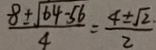
\frac { 8 \pm \sqrt { 6 4 - 5 6 } } { 4 } = \frac { 4 \pm \sqrt { 2 \cdot } } { 2 }